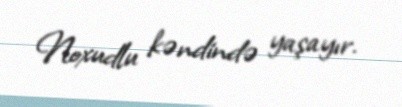
Noxudlu kəndində yaşayır.